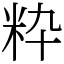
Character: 粋